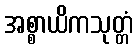
အစ္စာယိကသုတ္တံ